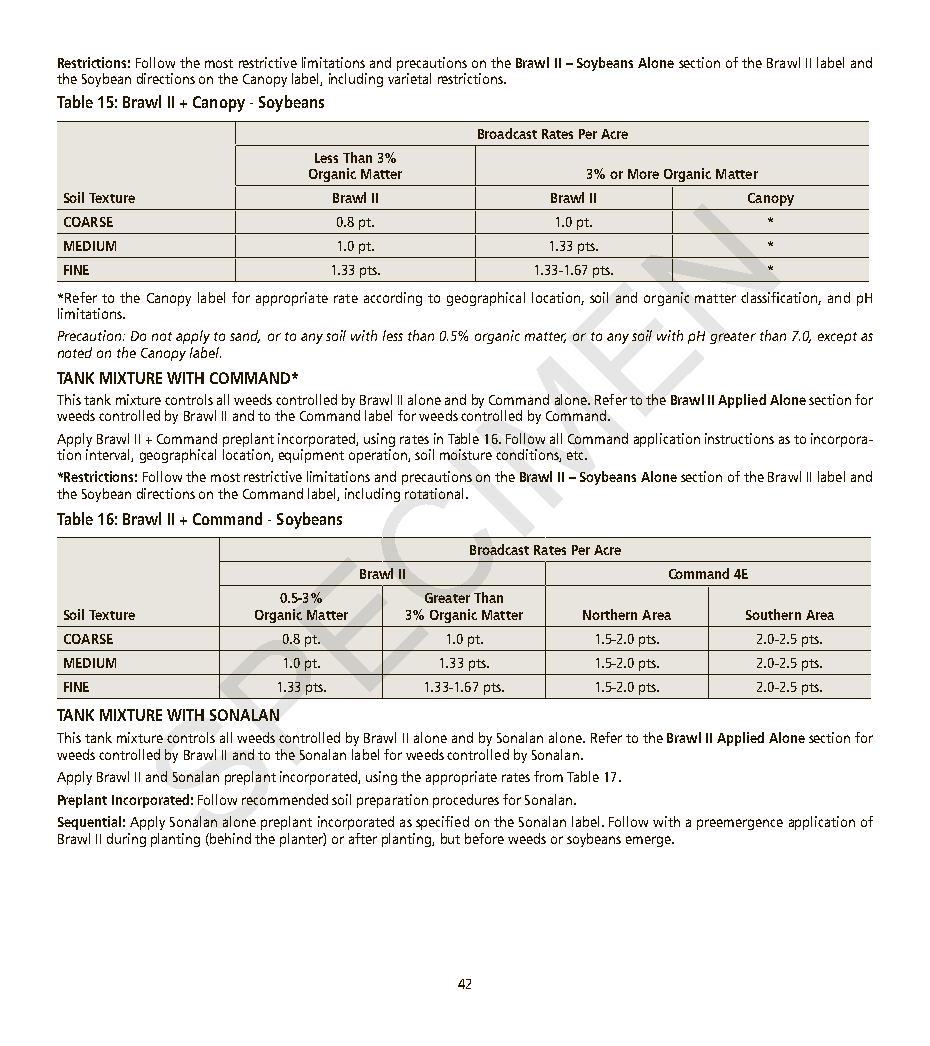
Restrictions: Follow the most restrictive limitations and precautions on the Brawl II – Soybeans Alone section of the Brawl II label and
 the Soybean directions on the Canopy label, including varietal restrictions.
 Table 15: Brawl II + Canopy - Soybeans
 Broadcast Rates Per Acre
 Less Than 3%
 Organic Matter    3% or More Organic Matter
 N
 Soil Texture     Brawl II       Brawl II     Canopy
 COARSE            0.8 pt.       1.0 pt.       *
 MEDIUM            1.0 pt.       1.33 pts.     *
 FINE             1.33 pts.     1.33-1.67 pts. E *
 *Refer to the Canopy label for appropriate rate according to geographical location, soil and organic matter classification, and pH
 limitations.
 Precaution: Do not apply to sand, or to any soil with less than 0.5% organic matter, or to any soil with pH greater than 7.0, except as
 M
 noted on the Canopy label.
 TANK MIXTURE WITH COMMAND*
 This tank mixture controls all weeds controlled by Brawl II alone and by Command alone. Refer to the Brawl II Applied Alone section for
 weeds controlled by Brawl II and to the Command label for weeds controlled by Command.
 Apply Brawl II + Command preplant incorporated, using rates in TaIble 16. Follow all Command application instructions as to incorpora-
 tion interval, geographical location, equipment operation, soil moisture conditions, etc.
 C
 *Restrictions: Follow the most restrictive limitations and precautions on the Brawl II – Soybeans Alone section of the Brawl II label and
 the Soybean directions on the Command label, including rotational.
 Table 16: Brawl II + Command - Soybeans
 E        Broadcast Rates Per Acre
 Brawl II             Command 4E
 0.5-3%    Greater Than
 Soil Texture OrgPanic Matter 3% Organic Matter Northern Area Southern Area
 COARSE        0.8 pt.    1.0 pt.   1.5-2.0 pts. 2.0-2.5 pts.
 MEDIUM        1.0 pt.   1.33 pts.  1.5-2.0 pts. 2.0-2.5 pts.
 FINE          1.33 pts. 1.33-1.67 pts. 1.5-2.0 pts. 2.0-2.5 pts.
 S
 TANK MIXTURE WITH SONALAN
 This tank mixture controls all weeds controlled by Brawl II alone and by Sonalan alone. Refer to the Brawl II Applied Alone section for
 weeds controlled by Brawl II and to the Sonalan label for weeds controlled by Sonalan.
 Apply Brawl II and Sonalan preplant incorporated, using the appropriate rates from Table 17.
 Preplant Incorporated: Follow recommended soil preparation procedures for Sonalan.
 Sequential: Apply Sonalan alone preplant incorporated as specified on the Sonalan label. Follow with a preemergence application of
 Brawl II during planting (behind the planter) or after planting, but before weeds or soybeans emerge.
 42